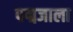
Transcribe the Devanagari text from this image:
पद्मजाला